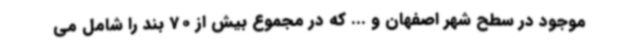
موجود در سطح شهر اصفهان و ... که در مجموع بیش از 70 بند را شامل می